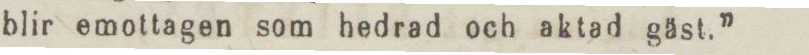
blir emottagen som hedrad och aktad gäst.”